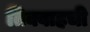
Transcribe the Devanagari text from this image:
तिक्वाहची